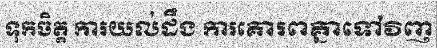
ទុកចិត្ត ការយល់ដឹង ការគោរពគ្នាទៅវិញ